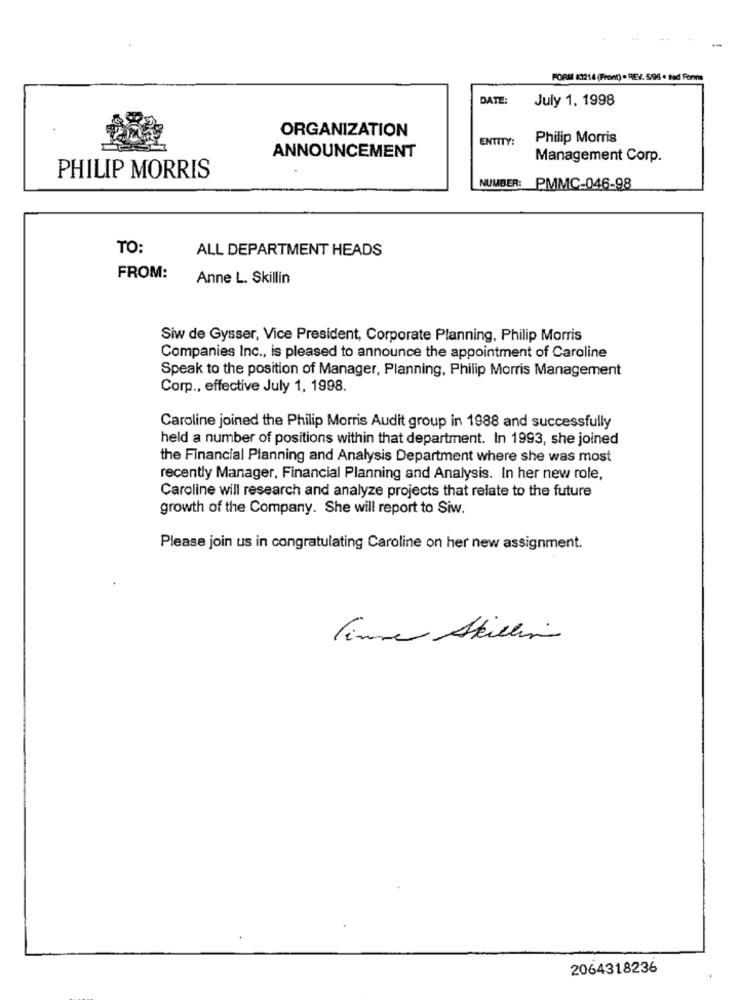
FORM 81214 (Front) . REV. 5/96 . tad Forne
DATE:
July 1, 1998
ORGANIZATION
ENTITY:
Philip Morris
ANNOUNCEMENT
Management Corp.
PHILIP MORRIS
NUMBER:
PMMC-046-98
TO:
ALL DEPARTMENT HEADS
FROM:
Anne L. Skillin
Siw de Gysser, Vice President, Corporate Planning, Philip Morris
Companies Inc ., is pleased to announce the appointment of Caroline
Speak to the position of Manager, Planning, Philip Morris Management
Corp ., effective July 1, 1998.
Caroline joined the Philip Morris Audit group in 1988 and successfully
held a number of positions within that department. In 1993, she joined
the Financial Planning and Analysis Department where she was most
recently Manager, Financial Planning and Analysis. In her new role,
Caroline will research and analyze projects that relate to the future
growth of the Company. She will report to Siw.
Please join us in congratulating Caroline on her new assignment.
Finne Stillin
2064318236